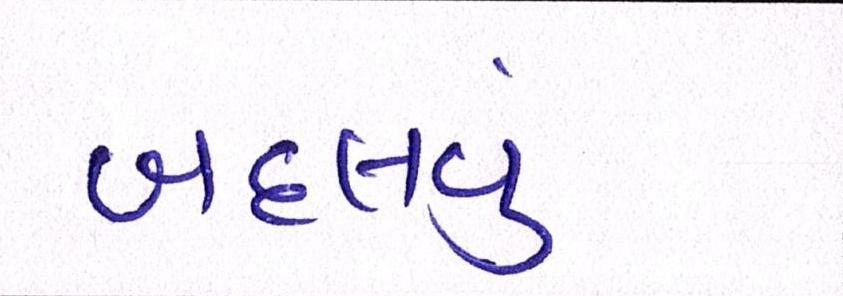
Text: બદલવું